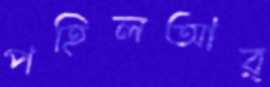
পহিলআর্